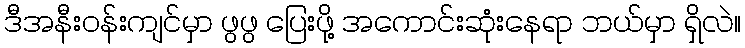
ဒီအနီးဝန်းကျင်မှာ ဖွဖွ ပြေးဖို့ အကောင်းဆုံးနေရာ ဘယ်မှာ ရှိလဲ။